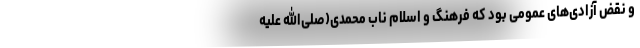
و نقض آزادی‌های عمومی بود که فرهنگ و اسلام ناب محمدی(صلی‌الله علیه